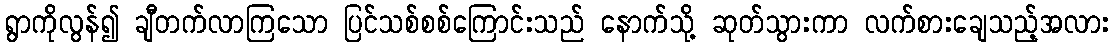
ရွာကိုလွန်၍ ချီတက်လာကြသော ပြင်သစ်စစ်ကြောင်းသည် နောက်သို့ ဆုတ်သွားကာ လက်စားချေသည့်အလား